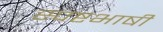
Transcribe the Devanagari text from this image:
स्पष्टभाषी